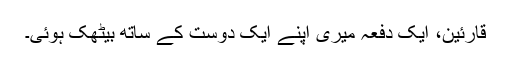
قارئین، ایک دفعہ میری اپنے ایک دوست کے ساتھ بیٹھک ہوئی۔